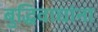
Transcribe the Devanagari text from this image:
बुद्धिवाद्यांना